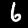
Label: 6